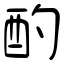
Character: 酌